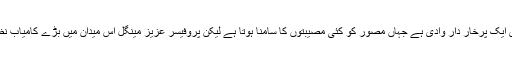
مصوری ایک پُرخار دار وادی ہے جہاں مصور کو کئی مصیبتوں کا سامنا ہوتا ہے لیکن پروفیسر عزیز مینگل اِس میدان میں بڑے کامیاب نظر آئے ۔